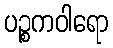
ပဉ္စကဝါရော